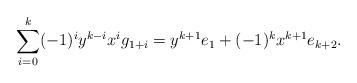
LaTeX: \begin{align*}\sum\limits_{i=0}^{k} (-1)^iy^{k-i}x^ig_{1+i}=y^{k+1}e_1+(-1)^{k}x^{k+1}e_{k+2}.\end{align*}